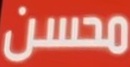
محسن